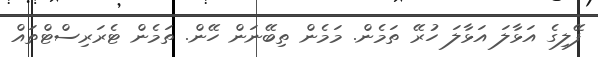
ފޭލިގެ އަޅާލަ އަޅާލަ ހުރޭ ތަމެން. މަމެން ތިބޭނަން ހޭން. ތަމެން ޓެރަރިސްޓްތައް